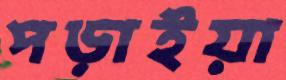
পড়াইয়া